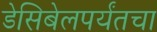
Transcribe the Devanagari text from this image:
डेसिबेलपर्यंतचा